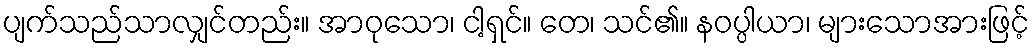
ပျက်သည်သာလျှင်တည်း။ အာဝုသော၊ ငါ့ရှင်။ တေ၊ သင်၏။ နဝပ္ပါယာ၊ များသောအားဖြင့်